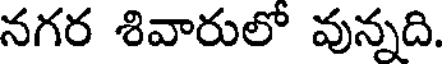
నగర శివారులో వున్నది.